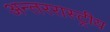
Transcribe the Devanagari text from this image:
अन्तररास्ट्रीय